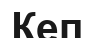
Кеп